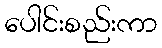
ပေါင်းစည်းကာ